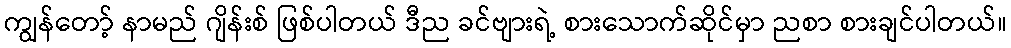
ကျွန်တော့် နာမည် ဂျိန်းစ် ဖြစ်ပါတယ် ဒီည ခင်ဗျားရဲ့ စားသောက်ဆိုင်မှာ ညစာ စားချင်ပါတယ်။